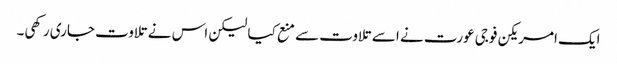
ایک امریکن فوجی عورت نے اسے تلاوت سے منع کیا لیکن اس نے تلاوت جاری رکھی۔